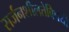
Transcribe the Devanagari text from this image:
सर्जनशीलतेविषयी